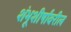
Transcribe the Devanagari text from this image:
शंभूशीर्षांवरील